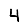
Digit: 4